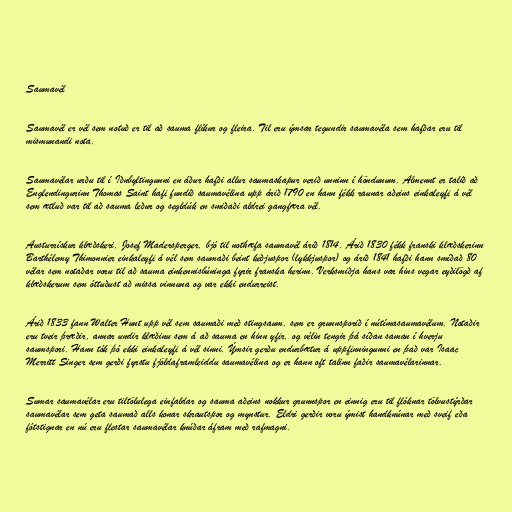
Saumavél

Saumavél er vél sem notuð er til að sauma flíkur og fleira. Til eru ýmsar tegundir saumavéla sem hafðar eru til
mismunandi nota.

Saumavélar urðu til í Iðnbyltingunni en áður hafði allur saumaskapur verið unninn í höndunum. Almennt er talið að
Englendingurinn Thomas Saint hafi fundið saumavélina upp árið 1790 en hann fékk raunar aðeins einkaleyfi á vél
sem ætluð var til að sauma leður og segldúk en smiðaði aldrei gangfæra vél.

Austurrískur klæðskeri, Josef Madersperger, bjó til nothæfa saumavél árið 1814. Árið 1830 fékk franski klæðskerinn
Barthélemy Thimonnier einkaleyfi á vél sem saumaði beint keðjuspor (lykkjuspor) og árið 1841 hafði hann smíðað 80
vélar sem notaðar voru til að sauma einkennisbúninga fyrir franska herinn. Verksmiðja hans var hins vegar eyðilögð af
klæðskerum sem óttuðust að missa vinnuna og var ekki endurreist.

Árið 1833 fann Walter Hunt upp vél sem saumaði með stingsaum, sem er grunnsporið í nútímasaumavélum. Notaðir
eru tveir þræðir, annar undir klæðinu sem á að sauma en hinn yfir, og vélin tengir þá síðan saman í hverju
saumspori. Hann tók þó ekki einkaleyfi á vél sinni. Ýmsir gerðu endurbætur á uppfinningunni en það var Isaac
Merritt Singer sem gerði fyrstu fjöldaframleiddu saumavélina og er hann oft talinn faðir saumavélarinnar.

Sumar saumavélar eru tiltölulega einfaldar og sauma aðeins nokkur grunnspor en einnig eru til flóknar tölvustýrðar
saumavélar sem geta saumað alls konar skrautspor og mynstur. Eldri gerðir voru ýmist handknúnar með sveif eða
fótstignar en nú eru flestar saumavélar knúðar áfram með rafmagni.